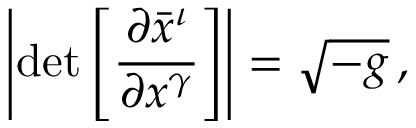
\left\vert \operatorname* { d e t } { \left[ { \frac { \partial { \bar { x } } ^ { \iota } } { \partial { x } ^ { \gamma } } } \right] } \right\vert = { \sqrt { - { g } } } \, ,